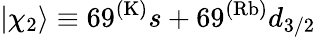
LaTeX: |\chi_{2}\rangle\equiv 69^{(\mathrm{K)}}s+69^{(\mathrm{Rb)}}d_{3/2}